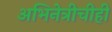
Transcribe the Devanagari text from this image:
अभिनेत्रीचीही